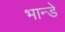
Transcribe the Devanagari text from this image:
भान्डे